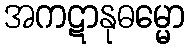
အကဋာနုဓမ္မော